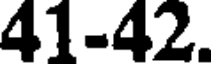
41-42.